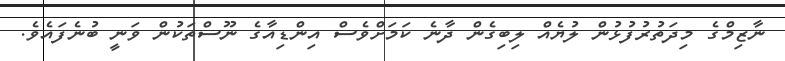
ނާޒިމްގެ މިދަތުރުފުޅުން ލުޔެއް ލިބިގެން ދާނެ ކަމަށްވެސް އިންޑިއާގެ ނޫސްތަކުން ވަނީ ބުނެފައެވެ.